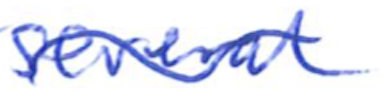
Text: several
Cross-out: wave
Writing tool: ballpoint